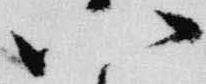
八